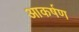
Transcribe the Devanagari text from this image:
आकर्षण्‍ा